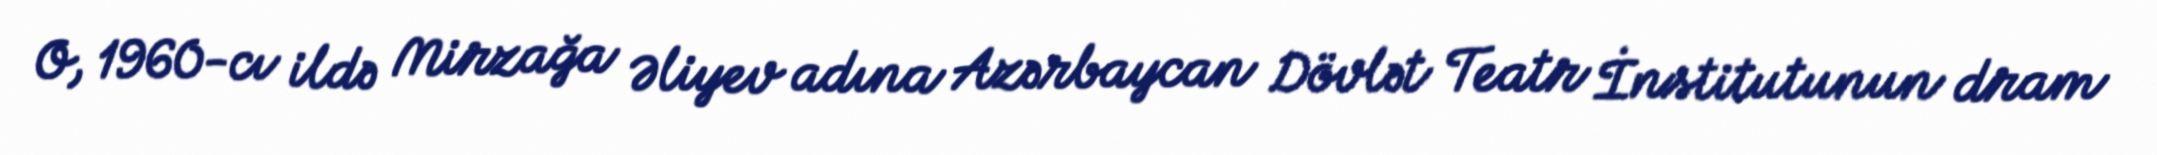
O, 1960-cı ildə Mirzağa Əliyev adına Azərbaycan Dövlət Teatr İnstitutunun dram